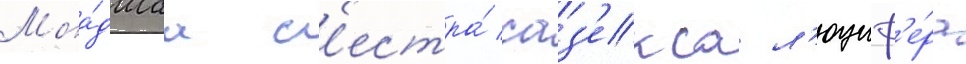
Мла́дшаа с'естра́ саз'екса л'юциф'е́ра